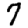
Digit: 7